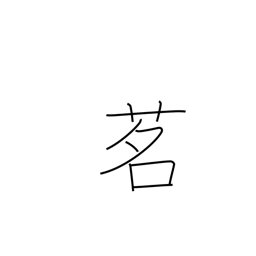
Meaning: tea